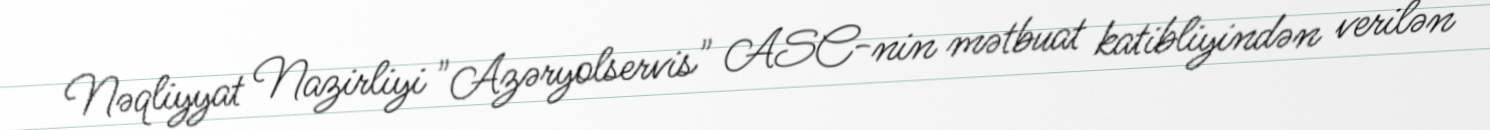
Nəqliyyat Nazirliyi "Azəryolservis" ASC-nin mətbuat katibliyindən verilən